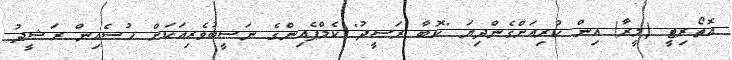
އޮތޯރިޓީ (މީރާ) އިން ކުރިއަށްގެންދިޔަ "ކޮބާ ރަސީދު" ކެމްޕެއިންގެ ނަސީބުވެރިއަކަށް ހުސެއިން ރަޝީދު